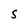
Character: S